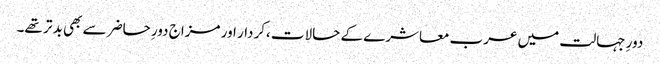
دورِ جہالت میں عرب معاشرے کے حالات ،کردار اور مزاج دورِ حاضر سے بھی بد تر تھے۔